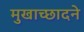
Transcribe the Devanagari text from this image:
मुखाच्छादने